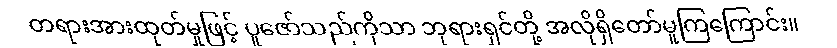
တရားအားထုတ်မှုဖြင့် ပူဇော်သည်ကိုသာ ဘုရားရှင်တို့ အလိုရှိတော်မူကြကြောင်း။